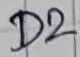
Text: D2